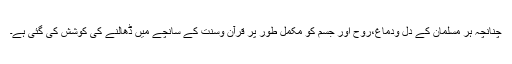
چنانچہ ہر مسلمان کے دل ودماغ،روح اور جسم کو مکمل طور پر قرآن وسنت کے سانچے میں ڈھالنے کی کوشش کی گئی ہے۔